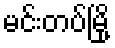
မင်းတပ်မြို့